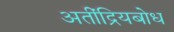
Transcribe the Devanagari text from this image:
अतींद्रियबोध